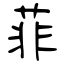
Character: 菲